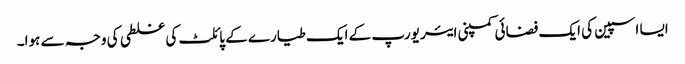
ایسا اسپین کی ایک فضائی کمپنی ایئر یورپ کے ایک طیارے کے پائلٹ کی غلطی کی وجہ سے ہوا۔